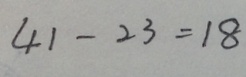
4 1 - 2 3 = 1 8